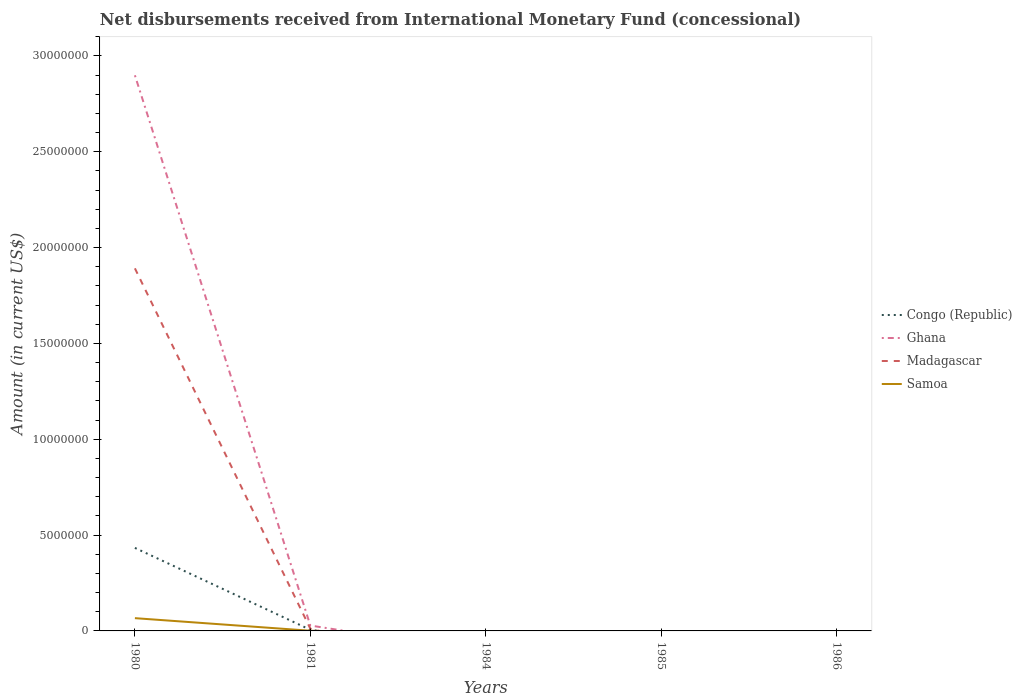
| Years | Congo (Republic) | Ghana | Madagascar | Samoa |
 | --- | --- | --- | --- | --- |
 | 1980 | 4.33e+06 | 2.9e+07 | 1.89e+07 | 6.66e+05 |
 | 1981 | 5.8e+04 | 2.81e+05 | 1.16e+05 | 9e+03 |
 | 1984 | -1.1e+06 | -1.14e+06 | -2.19e+06 | -1.98e+05 |
 | 1985 | -2.17e+06 | -7.2e+06 | -2.66e+06 | -3.33e+05 |
 | 1986 | -2.97e+06 | -1.14e+07 | -5.76e+06 | -4.58e+05 |